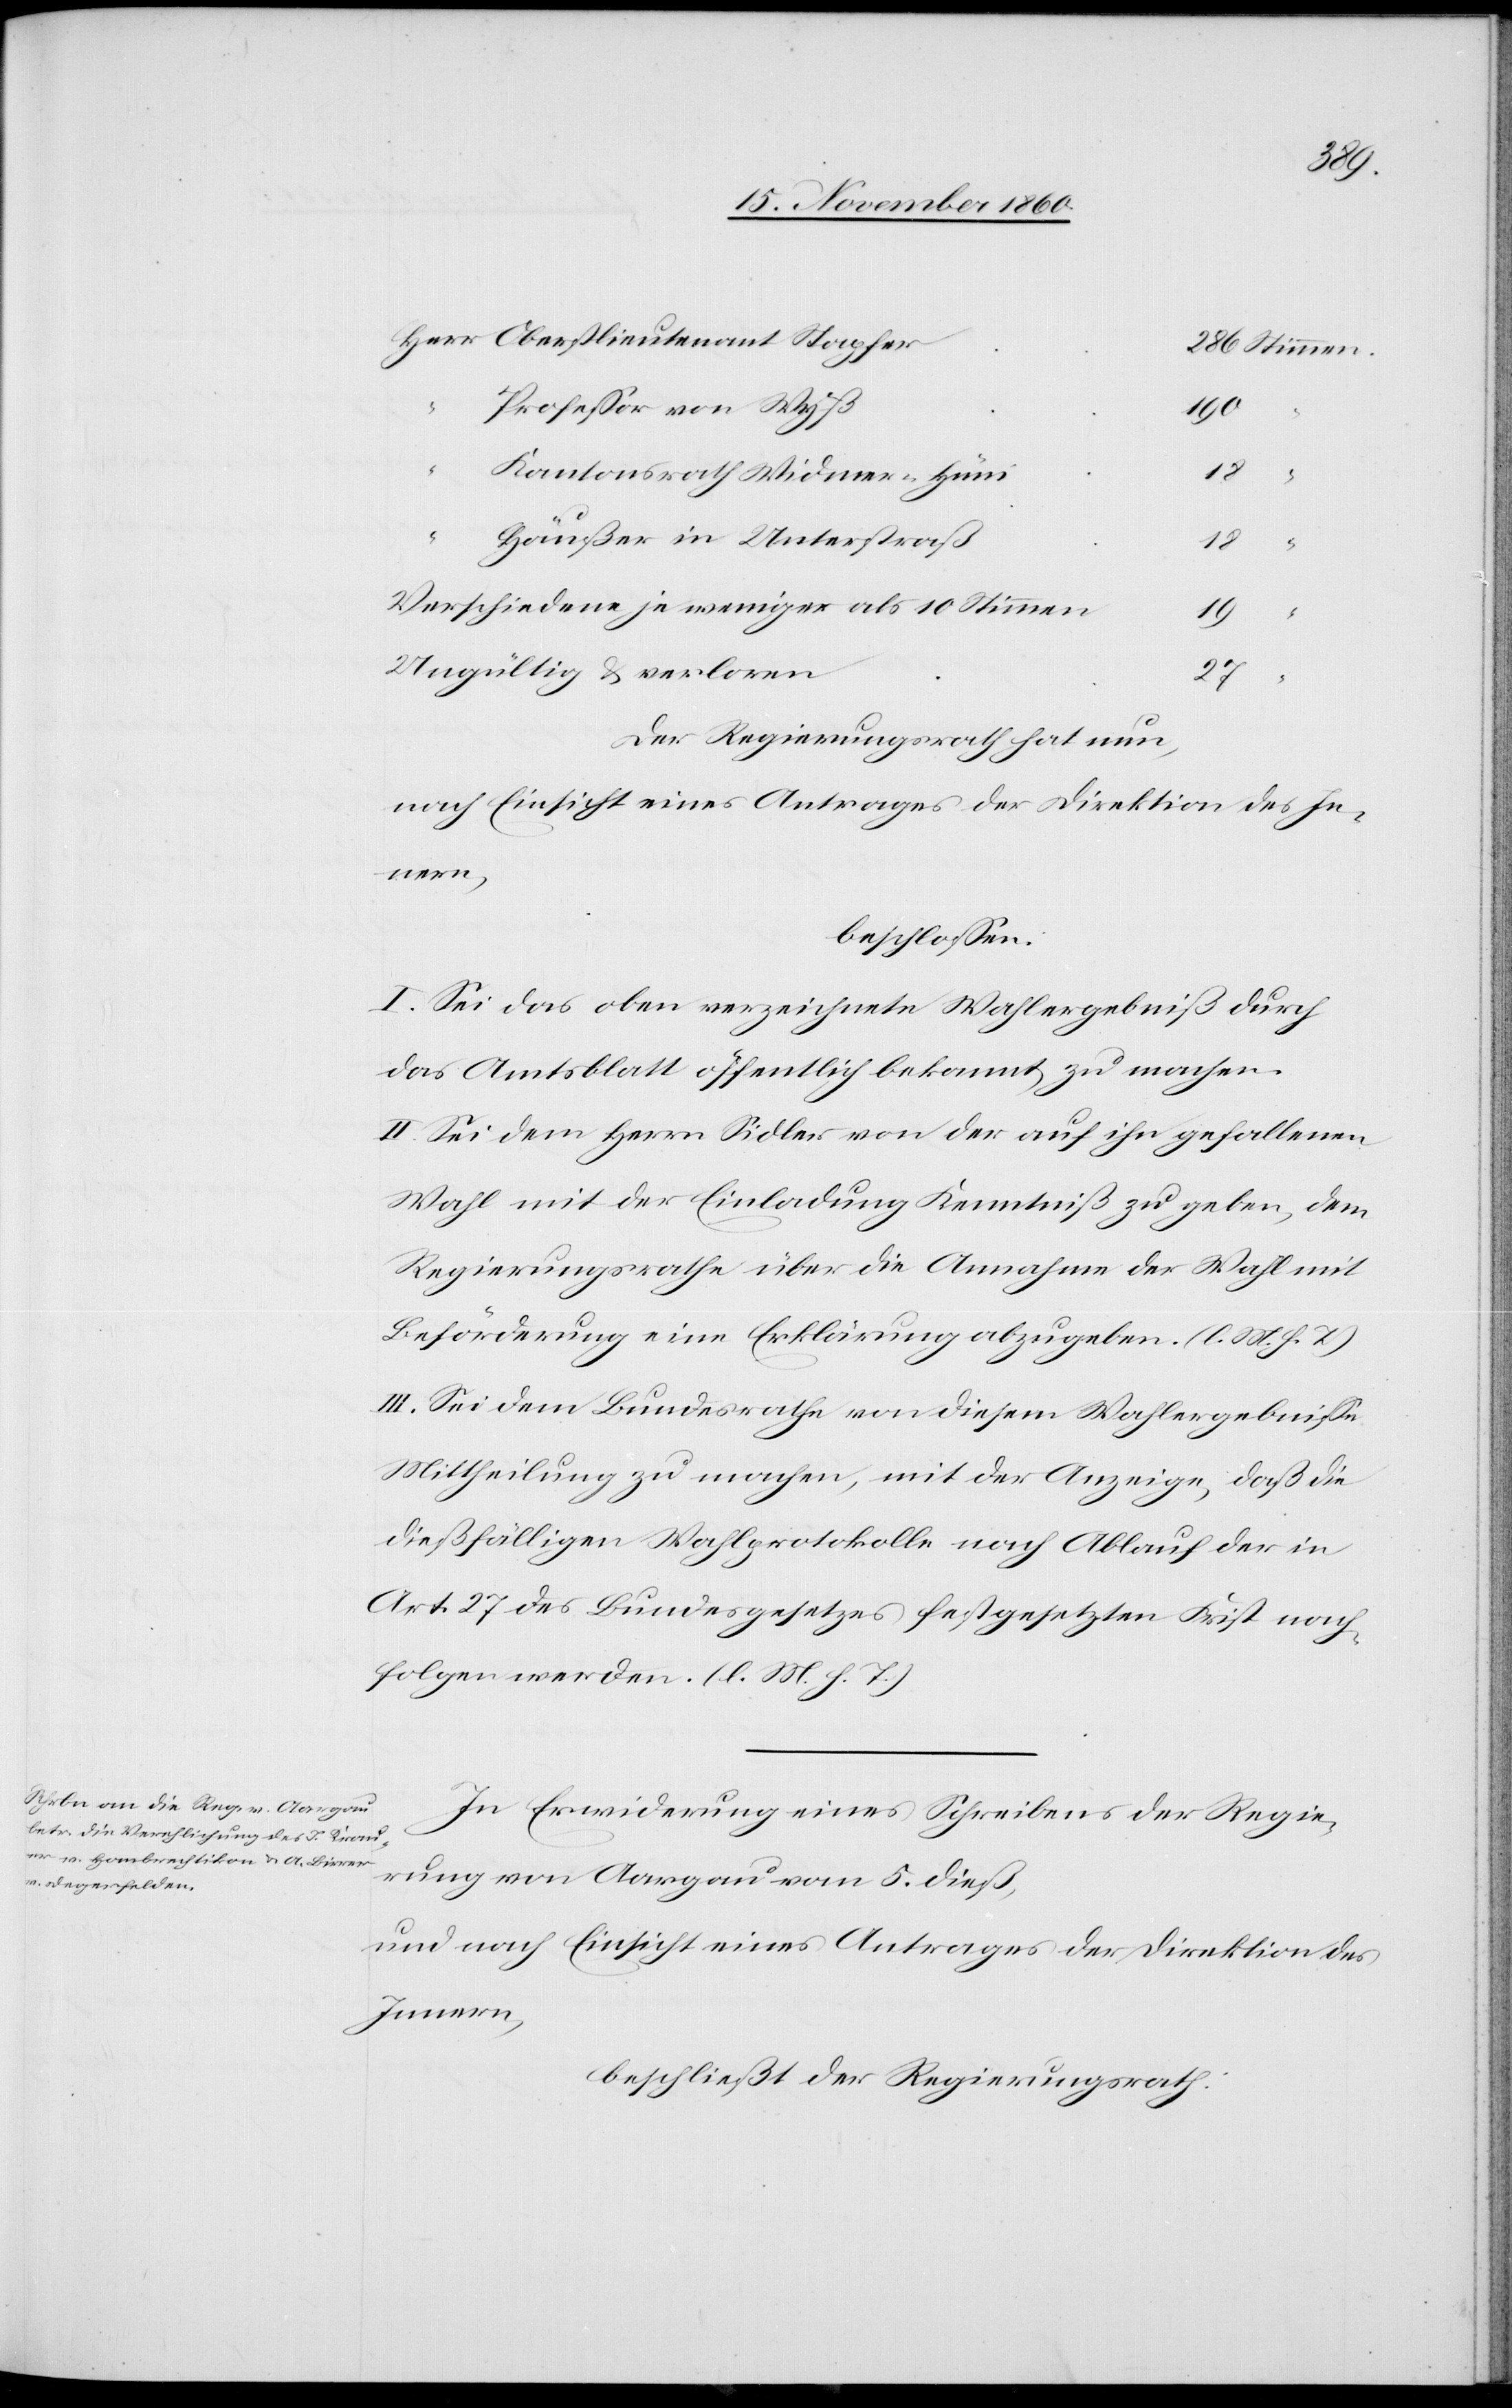
Oberstlieutenant Stapfer
Professor von Wyß
190
“
Kantonsrath Widmer-Hüni
18
“
Häußer in Unterstraß
18
Verschiedene je weniger als 10 Stimmen
19
Ungültig u. verloren
27
Der Regierungsrath hat nun,
nach Einsicht eines Antrages der Direktion des In¬
nern,
beschlossen:
I. Sei das oben verzeichnete Wahlergebniß durch
das Amtsblatt öffentlich bekannt zu machen.
II. Sei dem Herrn Sidler von der auf ihn gefallenen
Wahl mit der Einladung Kenntniß zu geben, dem
Regierungsrathe über die Annahme der Wahl mit
Beförderung eine Erklärung abzugeben. (l. M. h. T.)
III. Sei dem Bundesrathe von diesem Wahlergebnisse
Mittheilung zu machen, mit der Anzeige, daß die
dießfälligen Wahlprotokolle nach Ablauf der in
Art. 27 des Bundesgesetzes festgesetzten Frist nach¬
folgen werden. (l. M. h. T.)
In Erwiederung eines Schreibens der Regie¬
rung von Aargau vom 5. dieß,
und nach Einsicht eines Antrages der Direktion des
Innern,
beschließt der Regierungsrath: